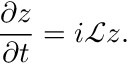
\frac { \partial z } { \partial t } = i \mathcal { L } z .